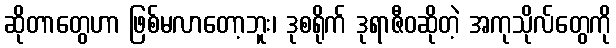
ဆိုတာတွေဟာ ဖြစ်မလာတော့ဘူး၊ ဒုစရိုက် ဒုရာဇီဝဆိုတဲ့ အကုသိုလ်တွေကို